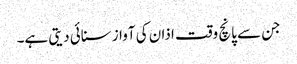
جن سے پانچ وقت اذان کی آواز سنائی دیتی ہے۔